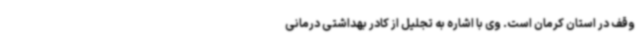
وقف در استان کرمان است. وی با اشاره به تجلیل از کادر بهداشتی درمانی